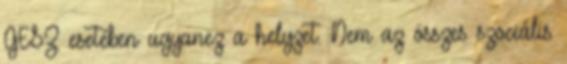
GESZ esetében ugyanez a helyzet. Nem az összes szociális